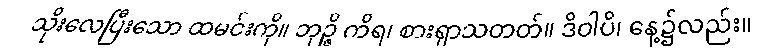
သိုးလေပြီးသော ထမင်းကို။ ဘုဉ္ဇိ ကိရ၊ စားရှာသတတ်။ ဒိဝါပိ၊ နေ့၌လည်း။